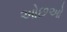
ઓછઓ